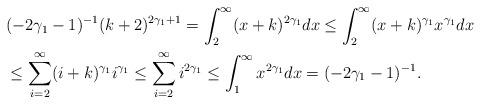
LaTeX: \begin{align*} &(-2\gamma_1-1)^{-1}(k+2)^{2\gamma_1+1}=\int_{2}^\infty (x+k)^{2\gamma_1} dx \le \int_{2}^\infty (x+k)^{\gamma_1} x^{\gamma_1} dx \\ &\le\sum_{i=2}^\infty (i+k)^{\gamma_1}i^{\gamma_1}\le \sum_{i=2}^\infty i^{2\gamma_1}\le \int_{1}^\infty x^{2\gamma_1} dx =(-2\gamma_1-1)^{-1}.\end{align*}